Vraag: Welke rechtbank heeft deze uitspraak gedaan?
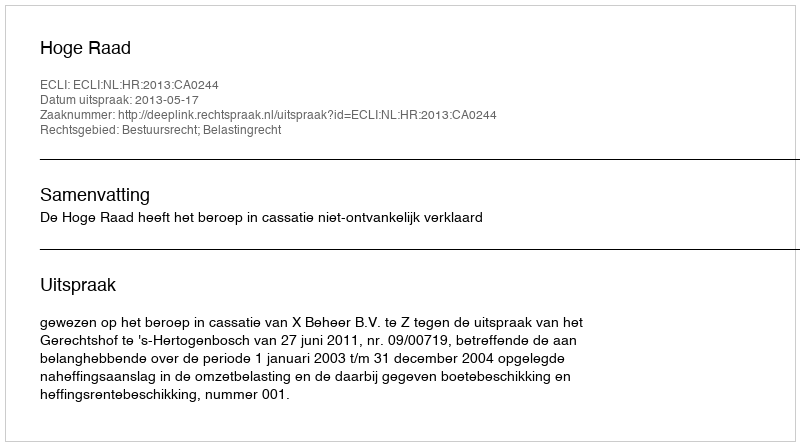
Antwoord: Hoge Raad